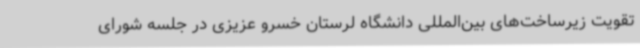
تقویت زیرساخت‌های بین‌المللی دانشگاه لرستان خسرو عزیزی در جلسه شورای